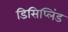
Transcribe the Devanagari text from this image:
डिसिप्लिंड